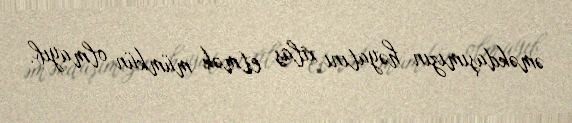
əməkdaşımızın həyatını xilas etmək mümkün olmayıb.